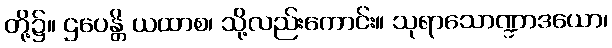
တို့၌။ ဌပေန္တိ ယထာစ၊ သို့လည်းကောင်း။ သုရာသောဏ္ဍာဒယော၊